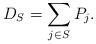
LaTeX: \begin{align*}D_S = \sum_{j \in S} P_j.\end{align*}